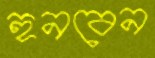
হুনবেন